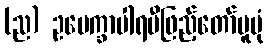
(ည) ဥပေက္ခာပါရမီဖြည့်တော်မူပုံ